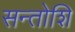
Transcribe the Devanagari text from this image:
सन्तोशि